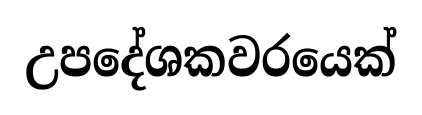
උපදේශකවරයෙක්